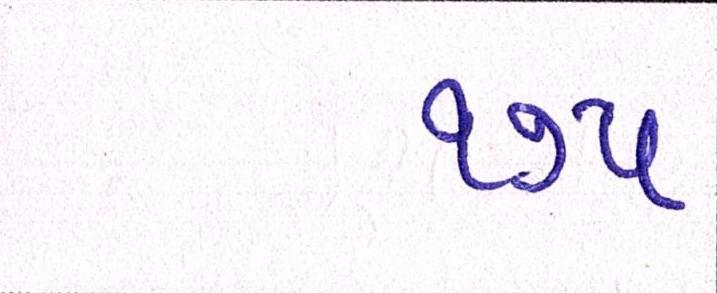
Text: ૧૭૫